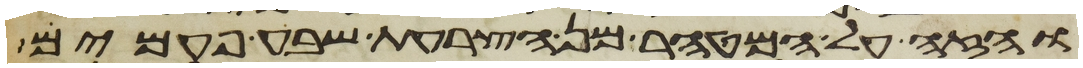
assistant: והזה על המטהר מן הצרעת שבע פעמים